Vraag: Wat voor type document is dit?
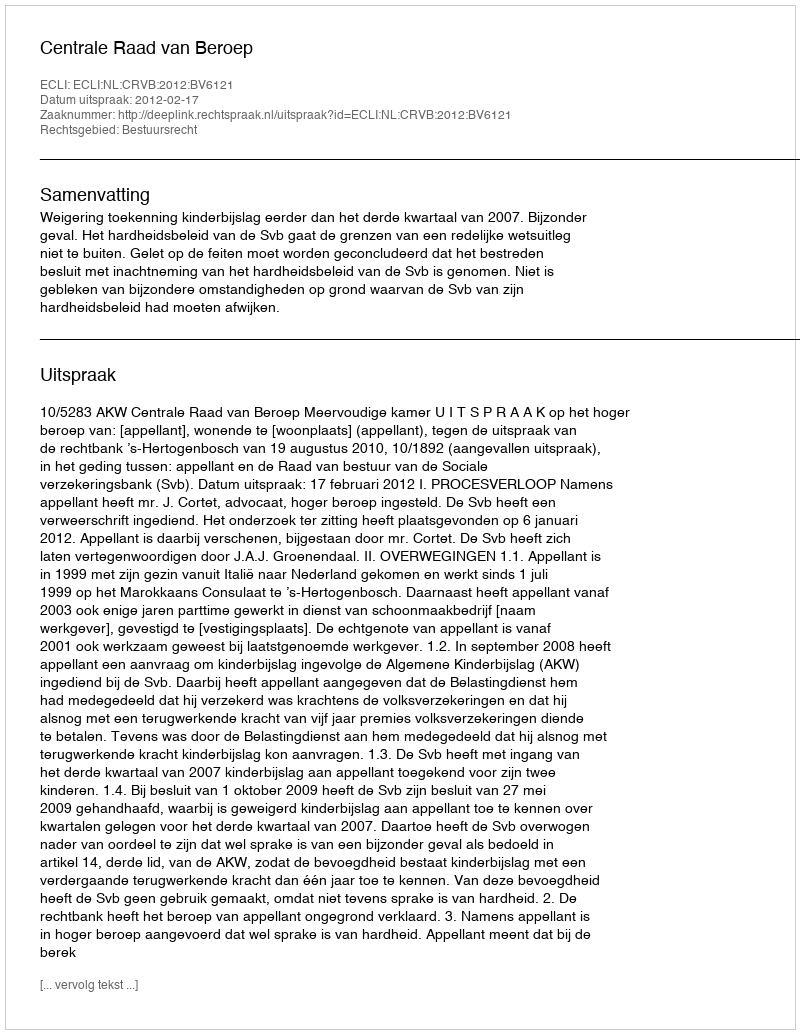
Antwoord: Uitspraak